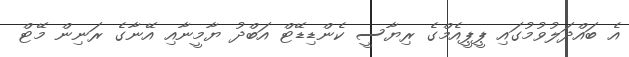
އެ ބައްދަލުވުމުގައި ޕީޕީއެމްގެ ރިޔާސީ ކެންޑިޑޭޓް އަބްދު ޔާމީނާއި އޭނާގެ ރަނިން މޭޓް